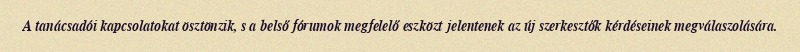
A tanácsadói kapcsolatokat ösztönzik, s a belső fórumok megfelelő eszközt jelentenek az új szerkesztők kérdéseinek megválaszolására.